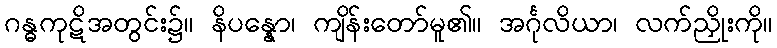
ဂန္ဓကုဋိအတွင်း၌။ နိပန္နော၊ ကျိန်းတော်မူ၏။ အင်္ဂုလိယာ၊ လက်ညှိုးကို။